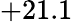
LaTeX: +21.1